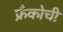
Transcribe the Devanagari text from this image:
फ्रँकोची